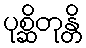
ပုစ္ဆိတုန္တိ